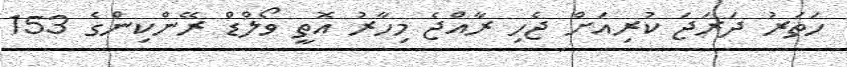
ހަތަރު ދަރަޖަ ކުރިއަށް ޖެހި ރާއްޖެ މިހާރު އޮތީ ވޯލްޑް ރޭންކިންގެ 153